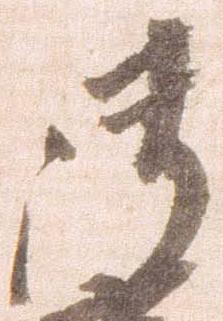
御